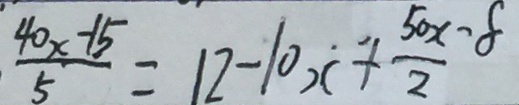
\frac { 4 0 x - 1 5 } { 5 } = 1 2 - 1 0 x + \frac { 5 0 x - 8 } { 2 }